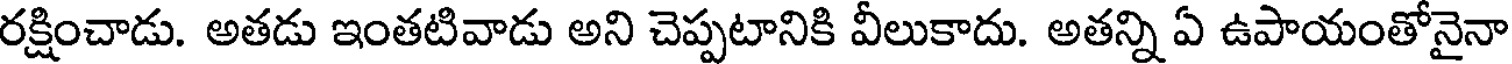
రక్షించాడు. అతడు ఇంతటివాడు అని చెప్పటానికి వీలుకాదు. అతన్ని ఏ ఉపాయంతోనైనా